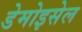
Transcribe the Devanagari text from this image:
डेमोइसेल